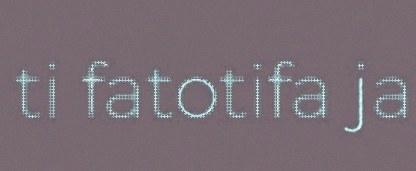
ti fatotifa ja